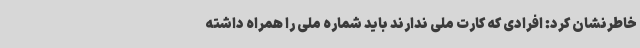
خاطرنشان کرد: افرادی که کارت ملی ندارند باید شماره ملی را همراه داشته